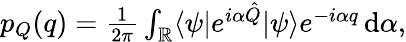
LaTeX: \begin{array}{r}{p_{Q}(q)=\frac{1}{2\pi}\int_{\mathbb{R}}\langle\psi|e^{i\alpha\hat{Q}}|\psi\rangle e^{-i\alpha q}\, \mathrm{d}\alpha,}\end{array}